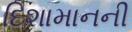
દિશામાનની